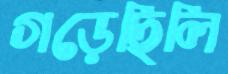
গড়েছিলি